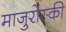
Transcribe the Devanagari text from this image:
माजुरोस्की